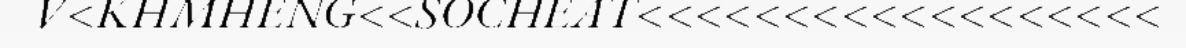
V<KHMHENG<<SOCHEAT<<<<<<<<<<<<<<<<<<